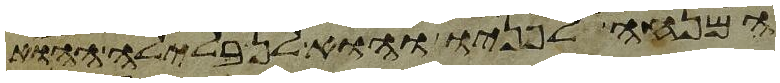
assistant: המנחה על פניו והוא לן בלילה ההוא